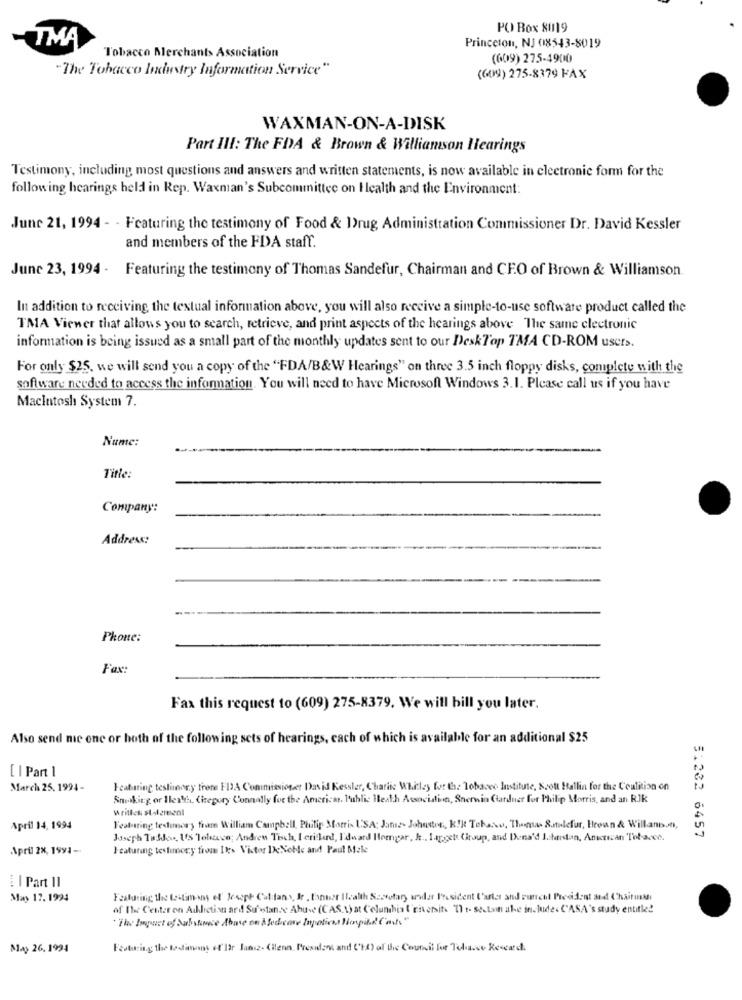
PO Box 80119
-TMA
Princeton, NJ 018543-8019
Tobacco Merchants Association
(609) 275-4900
"The Tobacco Industry Information Service"
(609) 275-8379 FAX
WAXMAN-ON-A-DISK
Part III: The FDA & Brown & Williamson Hearings
Testimony, including most questions and answers and written statements, is now available in electronic form for the
following hearings held in Rep. Waxman's Subcommittee on Health and the Environment:
June 21, 1994 - - Featuring the testimony of Food & Drug Administration Commissioner Dr. David Kessler
and members of the FDA staff.
June 23, 1994 - Featuring the testimony of Thomas Sandefur, Chairman and CFO of Brown & Williamson.
In addition to receiving the textual information above, you will also receive a simple-to-use software product called the
TMA Viewer that allows you to search, retrieve, and print aspects of the hearings above The same electronic
information is being issued as a small part of the monthly updates sent to our DeskTop TMA CD-ROM users.
For only $25. we will send you a copy of the "FDA/B&W Hearings" on three 3.5 inch floppy disks, complete with the
software needed to access the information. You will need to have Microsoft Windows 3.1. Please call us if you have
Macintosh System 7.
Nume:
Title:
Company:
Address:
Phone:
Fax:
Fax this request to (609) 275-8379. We will bill you later.
Also send me enc or both of the following sets of hearings, cach of which is available for an additional $25
[ I Part 1
March 25, 1994 -
Icaturing testimony frons FIJA Commissioner David Kessler, Charite Whitley for the Tobacco Institute, Scott Ballin for the Coalition on
Smoking or Heath, Ciegory Connally for the American Public Health Association, Sherwin Gardner for Philip Morris, and an RJk
written statement
April 14, 1994
Featuring testimony fiam William Campbell, Philip Morris USA; Jania Johnstos, Kik Tehaso, Thomas Sutulefor, Broun & Willand,
Joseph Tuidee, US Toleave; Andrew Tech, Ierifind, Edward llegar, A .. Target Group, and Donald J. hastan, Anurcan Tobacco.
51232 6457
April 2%, 1991 -
Featuring testimony from Its Victor DeNeble and Paul Male
¿ I Part II
May 17. 1994
Featuring the Lastmens et Joseph Cations, Jr, Power Wealth Sasofary andar President Cute and current President and Chairmas
of Ihr Center on Addiction ard Substance Abuse (CAS.\) at Columbia l'riversite 'Il t- Sectain ahe include. CASA's study entitled
"The Impact of Substance Abuse on Medcove Inpatient Honpilad Cost.""
MA> 26.1994
Featuring the tedinins ef'I2r Jansz. (ilenn. President and ('H) of the Council lee Tehace Rescard.